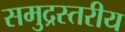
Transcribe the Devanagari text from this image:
समुद्रस्तरीय